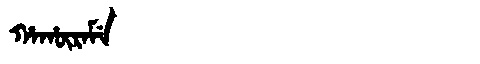
Manchu: ᡥᠠᡥᡡᡵᠠᠮᡝ
Romanization: HAHŪRAME